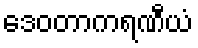
ဒေဝတာကရဏီယံ